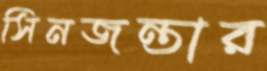
সিনজন্তার